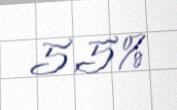
5,5%